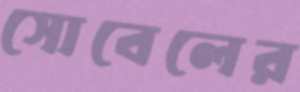
সোবেলের